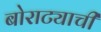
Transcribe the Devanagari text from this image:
बोराट्याची